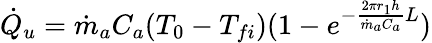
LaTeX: \begin{array}{r}{{\dot{Q}}_{u}={\dot{m}}_{a}C_{a}(T_{0}-T_{fi})(1-e^{-\frac{2{\pi r}_{1}h}{{\dot{m}}_{a}C_{a}}L})}\end{array}